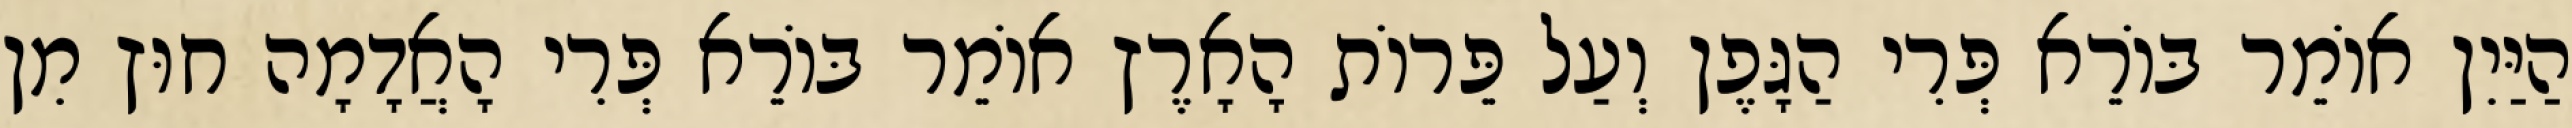
הַיַּיִן אוֹמֵר בּוֹרֵא פְּרִי הַגָּפֶן וְעַל פֵּרוֹת הָאָרֶץ אוֹמֵר בּוֹרֵא פְּרִי הָאֲדָמָה חוּץ מִן